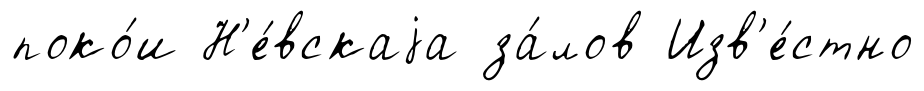
поко́и Н'е́вскаjа за́лов Изв'е́стно